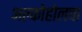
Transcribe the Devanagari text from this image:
अल्कोहोलचा